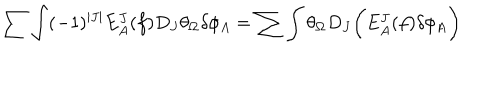
LaTeX: \sum \int ( - 1 ) ^ { | J | } E _ { A } ^ { J } ( f ) D _ { J } \theta _ { \Omega } \delta \phi _ { A } = \sum \int \theta _ { \Omega } D _ { J } \biggl ( E _ { A } ^ { J } ( f ) \delta \phi _ { A } \biggr )